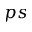
p s